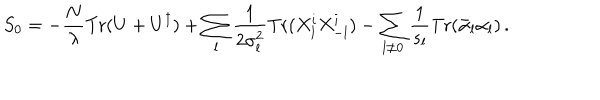
LaTeX: S _ { 0 } = - { \frac { N } { \lambda } } \mathrm { T r } ( U + U ^ { \dagger } ) + \sum _ { l } { \frac { 1 } { 2 \sigma _ { l } ^ { 2 } } } \mathrm { T r } ( X _ { l } ^ { i } X _ { - l } ^ { i } ) - \sum _ { l \not = 0 } { \frac { 1 } { s _ { l } } } \mathrm { T r } ( \bar { \alpha } _ { l } \alpha _ { l } ) \, .